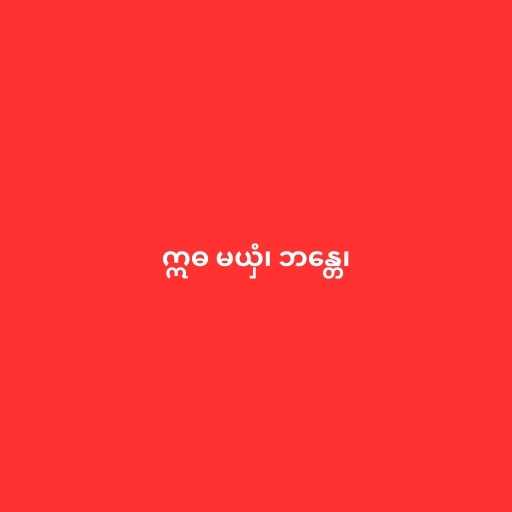
ဣဓ မယှံ၊ ဘန္တေ၊